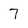
Character: 7